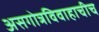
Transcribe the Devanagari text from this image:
असगोत्रविवाहाचीच